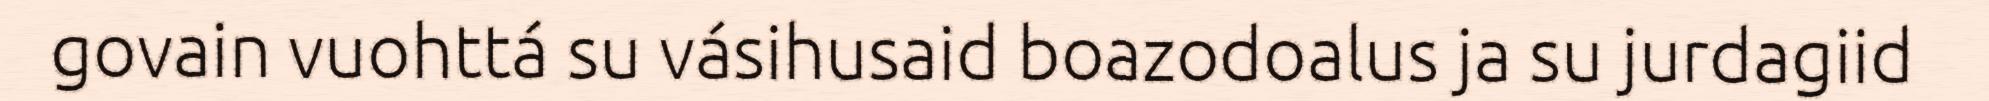
govain vuohttá su vásihusaid boazodoalus ja su jurdagiid